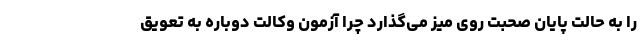
را به حالت پایان صحبت روی میز می‌گذارد چرا آزمون وکالت دوباره به تعویق